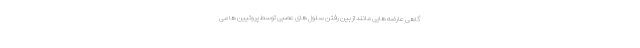
گاهی عارضه هایی مانند از بین رفتن سلول های عصبی توسط پروتیین ها می